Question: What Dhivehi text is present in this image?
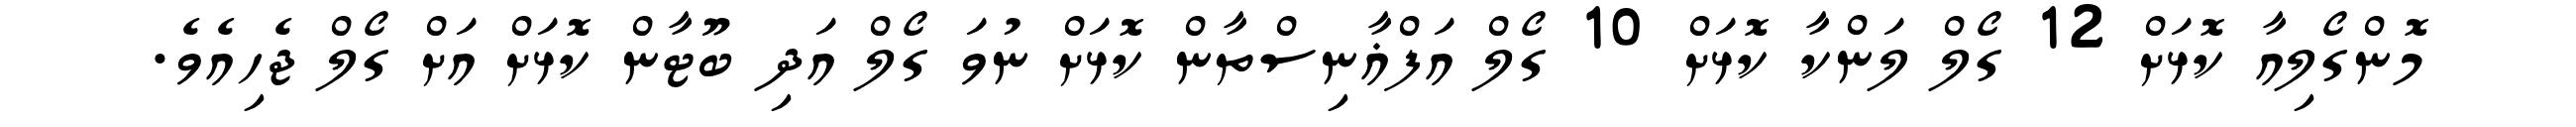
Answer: މޮންގޯލިއާ ކޮޅަށް 12 ގޯލް ލަންކާ ކޮޅަށް 10 ގޯލް އަފްޣާނިސްތާން ކޮޅަށް ނުވަ ގޯލް އަދި ބޫޓާން ކޮޅަށް އަށް ގޯލް ޖެހިއެވެ.